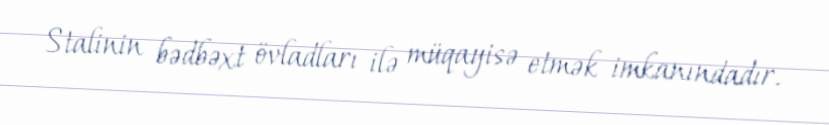
Stalinin bədbəxt övladları ilə müqayisə etmək imkanındadır.